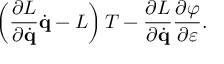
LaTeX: \left( { \frac { \partial L } { \partial { \dot { \mathbf { q } } } } } { \dot { \mathbf { q } } } - L \right) T - { \frac { \partial L } { \partial { \dot { \mathbf { q } } } } } { \frac { \partial \varphi } { \partial \varepsilon } } .